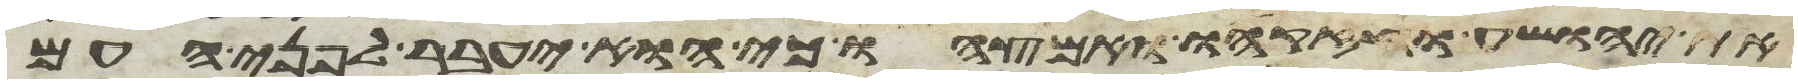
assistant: את יהושע וחזקהו ואמצהו כי הוא יעבר לפני העם